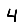
Digit: 4